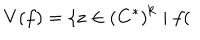
V ( f ) = \{ \mathbf { z } \in \left( \mathbf { C } ^ { \ast } \right) ^ { \mathbf { k } } \mid f (